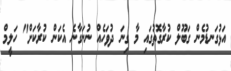
އަޅުގަނޑުމެން ގަބޫލް ކުރާގޮތުގައި މާ ގިނަ ދުވަހެއް ނުނަގާނެ އެކަން ކުރާކަށް" ހަލީމް